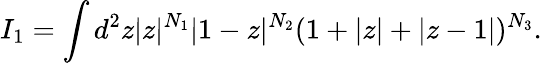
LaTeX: I_{1}=\int d^{2}z|z|^{N_{1}}|1-z|^{N_{2}}(1+|z|+|z-1|)^{N_{3}}.